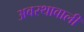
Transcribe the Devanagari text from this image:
अवस्थावाली